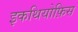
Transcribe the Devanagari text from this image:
इकथियोफ़िस